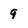
Character: 9